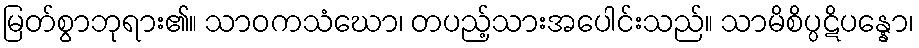
မြတ်စွာဘုရား၏။ သာဝကသံဃော၊ တပည့်သားအပေါင်းသည်။ သာမိစိပ္ပဋိပန္နော၊